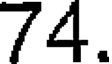
74.